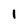
Character: 1